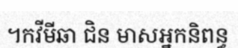
។កវីមីឆា ជិន មាសអ្នកនិពន្ធ